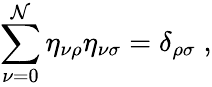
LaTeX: \sum_{\nu=0}^{\mathcal{N}}\eta_{\nu\rho}\eta_{\nu\sigma}=\delta_{\rho\sigma}\; ,